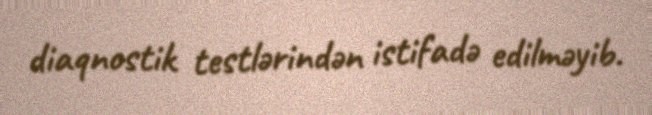
diaqnostik testlərindən istifadə edilməyib.